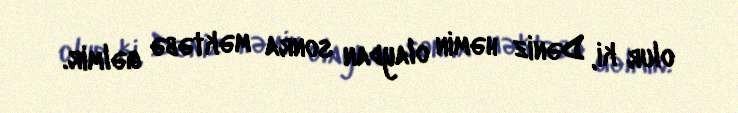
olur ki, Dəniz həmin olaydan sonra məktəbə gəlmir.